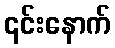
၎င်းနောက်